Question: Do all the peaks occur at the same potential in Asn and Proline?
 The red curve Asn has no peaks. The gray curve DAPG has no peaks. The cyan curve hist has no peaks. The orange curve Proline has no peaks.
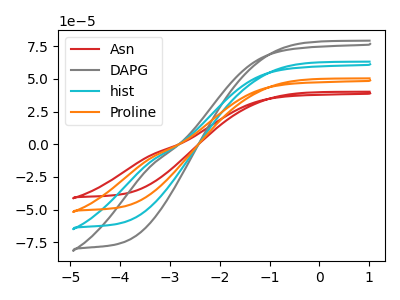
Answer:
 <answer>Niether CV has any peaks.</answer>
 <eval>blanks</eval>